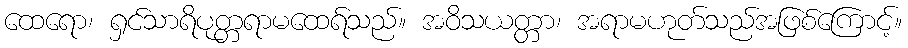
ထေရော၊ ရှင်သာရိပုတ္တရာမထေရ်သည်။ အဝိသယတ္တာ၊ အရာမဟုတ်သည်အဖြစ်ကြောင့်။